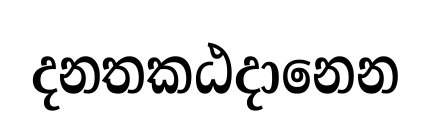
දනතකඨදානෙන